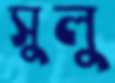
সুলু